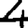
Digit: 4